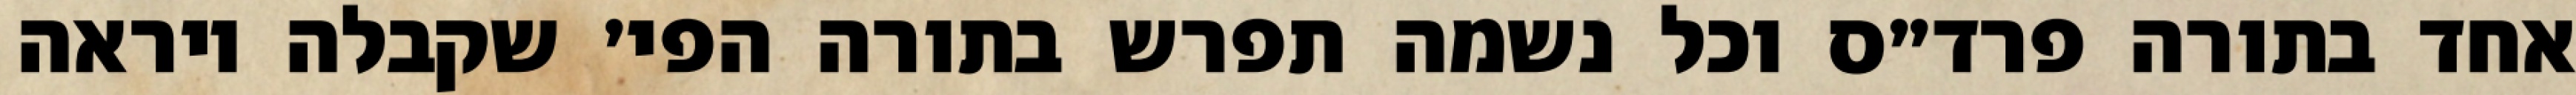
אחד בתורה פרד״ס וכל נשמה תפרש בתורה הפי׳ שקבלה ויראה